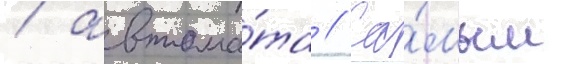
/ автома́та // Са́мым